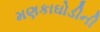
મણકાઘોડીની